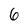
Character: 6